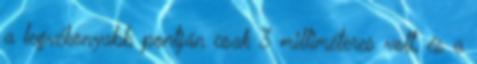
a legvékonyabb pontján csak 3 milliméteres volt, és a